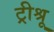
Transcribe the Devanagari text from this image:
ट्रीश्रू